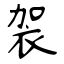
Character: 袈